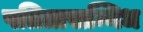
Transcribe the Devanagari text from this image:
पतितासन्निध